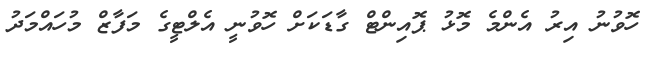
ހޮވުނު އިރު އެންމެ މޮޅު ޕޮއިންޓް ގާޑަކަށް ހޮވުނީ އެލްޓީގެ މަފާޒް މުހައްމަދު